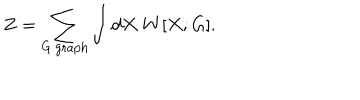
LaTeX: Z = \sum _ { G : \mathrm { g r a p h } } \int d X \ W [ X ; G ] .